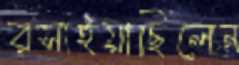
রসাইয়াছিলেন